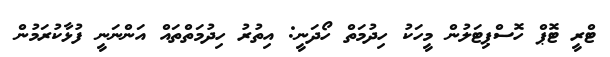
ޓްރީ ޓޮޕް ހޮސްޕިޓަލުން މީހަކު ހިދުމަތް ހޯދަނީ: އިތުރު ހިދުމަތްތައް އަންނަނީ ފުޅާކުރަމުން